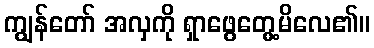
ကျွန်တော် အလှကို ရှာဖွေတွေ့မိလေ၏။